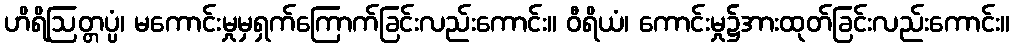
ဟိရိဩတ္တပ္ပံ၊ မကောင်းမှုမှရှက်ကြောက်ခြင်းလည်းကောင်း။ ဝီရိယံ၊ ကောင်းမှု၌အားထုတ်ခြင်းလည်းကောင်း။